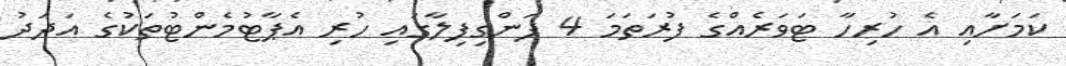
ކަމަށާއި އެ ހުރިހާ ޓަވަރެއްގެ ފުރަތަމަ 4 ފަންގިފިލާގައި ހުރި އެޕާޓުމެންޓުތަކުގެ އަދަދު